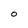
Character: O